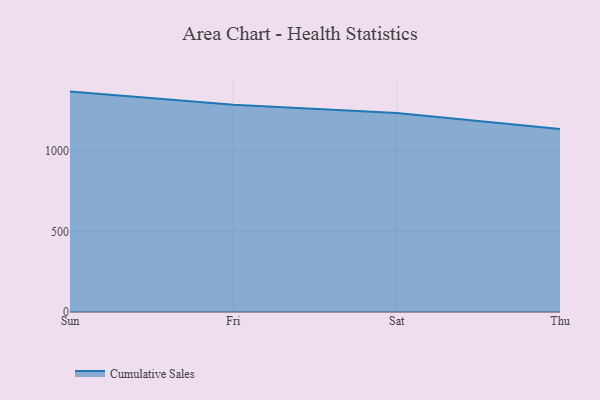
{"axis": {"x": "Day", "y": "Headcount"}, "legend": ["Cumulative Sales"], "data": [{"x": "Sun", "y": 1370.3, "type": "Cumulative Sales"}, {"x": "Fri", "y": 1288.4, "type": "Cumulative Sales"}, {"x": "Sat", "y": 1238.0, "type": "Cumulative Sales"}, {"x": "Thu", "y": 1138.3, "type": "Cumulative Sales"}]}